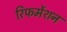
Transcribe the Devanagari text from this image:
रिफर्मेशन